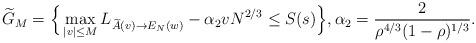
LaTeX: \begin{align*}\widetilde G_{M}=\Big\{\max_{|v|\leq M} L_{\widetilde A(v)\to E_N(w)}- \alpha_2 v N^{2/3}\leq S(s)\Big\},\alpha_2=\frac{2}{\rho^{4/3}(1-\rho)^{1/3}}.\end{align*}